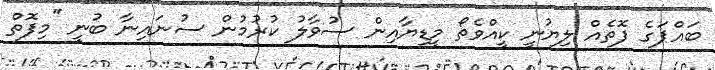
ބައްޕަގެ ފޮތެއް ލިޔުނީ ކީއްވެތޯ މީޑިޔާއިން ސުވާލު ކުރުމުން ސުނައިނާ ބުނީ ''މިފޮތް